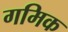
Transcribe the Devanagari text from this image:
गमिक